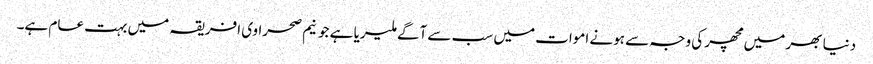
دنیا بھر میں مچھر کی وجہ سے ہونے اموات میں سب سے آگے ملیریا ہے جو نیم صحراوی افریقہ میں بہت عام ہے۔